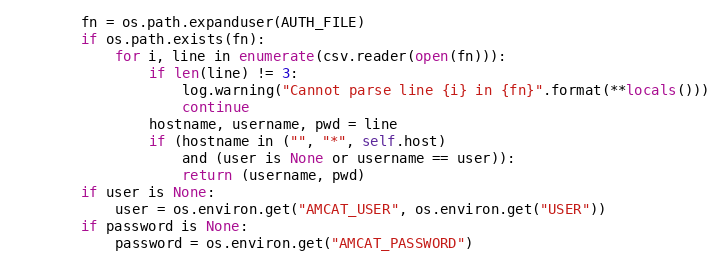
Language: Python
        fn = os.path.expanduser(AUTH_FILE)
        if os.path.exists(fn):
            for i, line in enumerate(csv.reader(open(fn))):
                if len(line) != 3:
                    log.warning("Cannot parse line {i} in {fn}".format(**locals()))
                    continue
                hostname, username, pwd = line
                if (hostname in ("", "*", self.host)
                    and (user is None or username == user)):
                    return (username, pwd)
        if user is None:
            user = os.environ.get("AMCAT_USER", os.environ.get("USER"))
        if password is None:
            password = os.environ.get("AMCAT_PASSWORD")